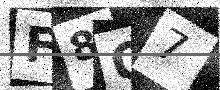
Text: F8Q7